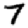
Digit: 7